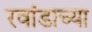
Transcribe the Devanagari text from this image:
रवांडाच्या